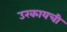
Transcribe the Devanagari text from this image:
उरकायची